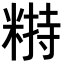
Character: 𥻣